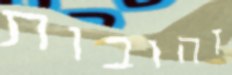
זהובות